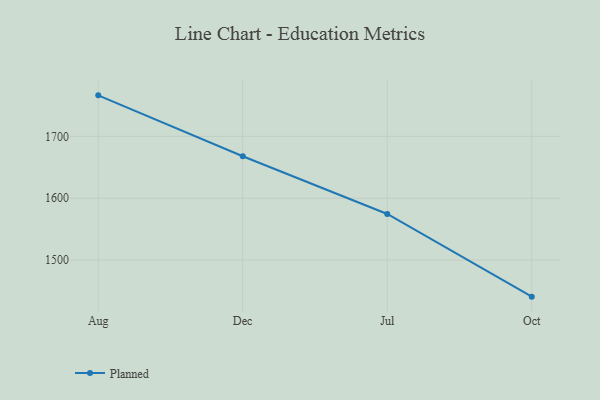
{"axis": {"x": "Month", "y": "Tickets Resolved"}, "legend": ["Planned"], "data": [{"x": "Aug", "y": 1766.3, "type": "Planned"}, {"x": "Dec", "y": 1667.8, "type": "Planned"}, {"x": "Jul", "y": 1574.5, "type": "Planned"}, {"x": "Oct", "y": 1440.9, "type": "Planned"}]}